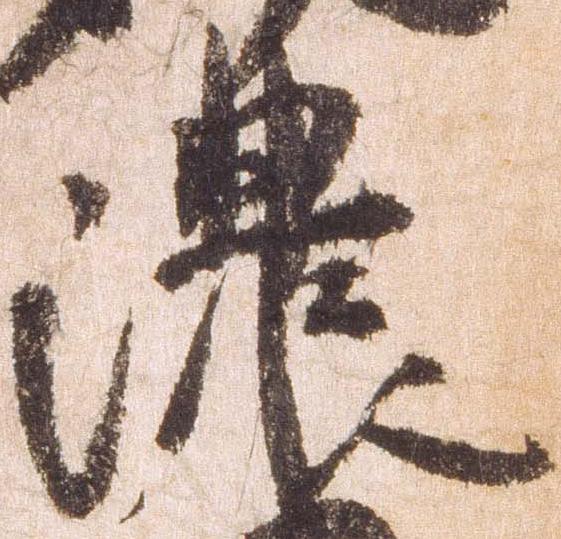
濃